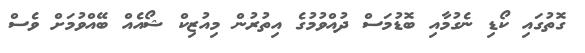
ގޮތުގައި ކޯޑި ނެގުމާއި ބޮޑުމަސް ދުއްވުމުގެ އިތުރުން މިއުޒިކް ޝޯއެއް ބޭއްވުމަށް ވެސް